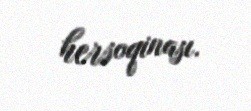
hersoqinası.